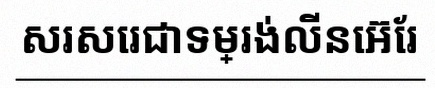
សរសេរជាទម្រង់លីនេអ៊ែរ